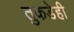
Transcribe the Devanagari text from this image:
तुकडेही